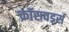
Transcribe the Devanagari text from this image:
क्रॉसवर्ड्स